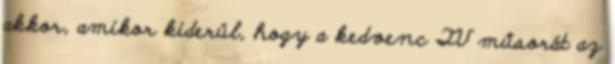
akkor, amikor kiderül, hogy a kedvenc TV műsorát az